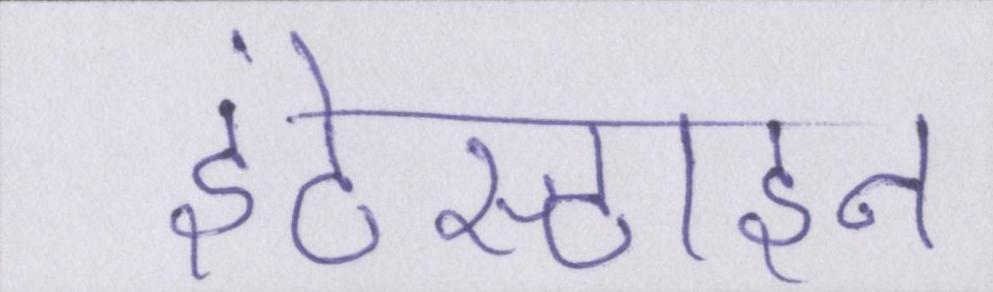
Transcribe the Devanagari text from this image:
इंटेस्टाइन